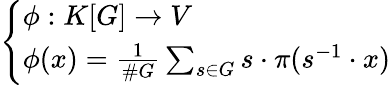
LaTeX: \left\{ \begin{array}{ll}{\phi:K[G]\to V}\\ {\phi(x)={\frac{1}{\# G}}\sum_{s\in G}s\cdot\pi(s^{-1}\cdot x)}\end{array}\right.